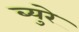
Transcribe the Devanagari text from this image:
ब्युरे